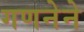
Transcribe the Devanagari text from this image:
गणनेने